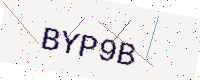
Text: BYP9B